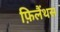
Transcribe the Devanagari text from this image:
फ़िलैंथस